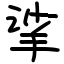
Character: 挲